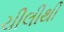
ચીલીથી